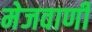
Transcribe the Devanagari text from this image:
मेजवाणी